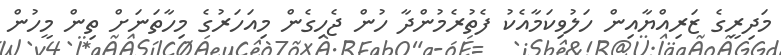
މަދިރީގެ ޒަރިއްޔާއިން ހަލުވިކަމާއެކު ފެތުރެމުންދާ ހުން ޖެހިގެން މިއަހަރުގެ މިހާތަނަށް ތިން މީހުން